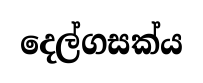
දෙල්ගසක්ය